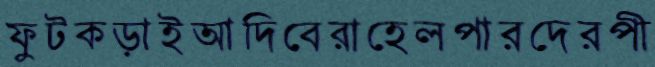
ফুটকড়াইআদিবেরাহেলপারদেরপী